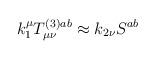
LaTeX: \begin{align*}k_1^\mu T_{\mu \nu }^{(3)ab}\approx k_{2\nu }S^{ab}\end{align*}